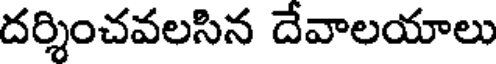
దర్శించవలసిన దేవాలయాలు